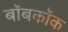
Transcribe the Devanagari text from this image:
बॉबकॉक